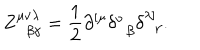
LaTeX: Z _ { \; \; \beta \gamma } ^ { \mu \nu \lambda } = \frac 1 2 \partial ^ { \left[ \mu \right. } \delta _ { \; \; \beta } ^ { \nu } \delta _ { \; \; \gamma } ^ { \left. \lambda \right] } .